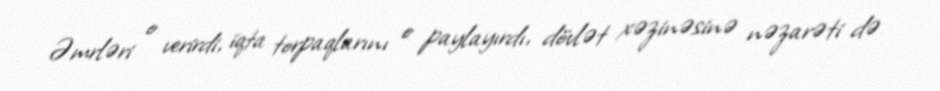
Əmrləri o verirdi, iqta torpaqlarını o paylayırdı, dövlət xəzinəsinə nəzarəti də